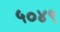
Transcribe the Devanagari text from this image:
५०४९